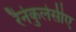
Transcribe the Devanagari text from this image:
रैनंकुलेसीए